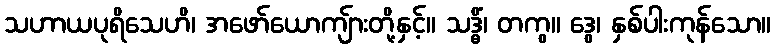
သဟာယပုရိသေဟိ၊ အဖော်ယောကျ်ားတို့နှင့်။ သဒ္ဓိံ၊ တကွ။ ဒွေ၊ နှစ်ပါးကုန်သော။